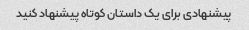
پیشنهادی برای یک داستان کوتاه پیشنهاد کنید